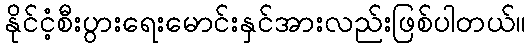
နိုင်ငံ့စီးပွားရေးမောင်းနှင်အားလည်းဖြစ်ပါတယ်။